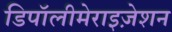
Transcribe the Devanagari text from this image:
डिपॉलीमेराइज़ेशन